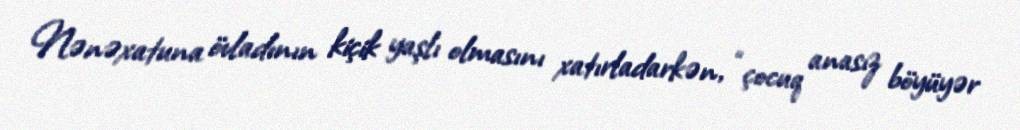
Nənəxatuna övladının kiçik yaşlı olmasını xatırladarkən, “çocuq anasız böyüyər